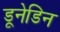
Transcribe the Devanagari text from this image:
डूनेडिन